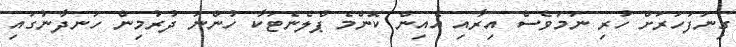
ގިނަފަހަރަށް ހުރި ނަމަވެސް އިރާއި އެއިން ކޮންމެ ޕްލެނެޓަކާ ހުންނަ ދުރުމިން ހަނދާނުގައި